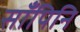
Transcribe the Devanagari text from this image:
साँपिनि